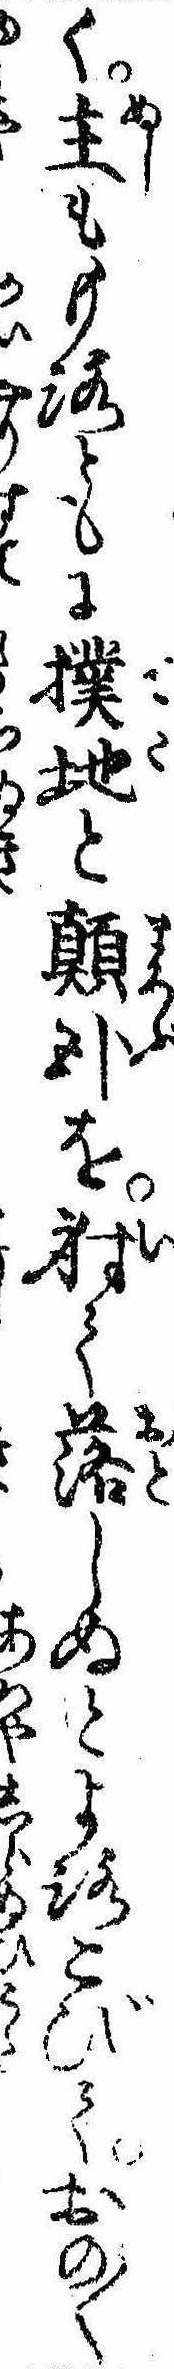
く主ももろともに撲地と顛臥を射て落しぬとよろこびておの〱